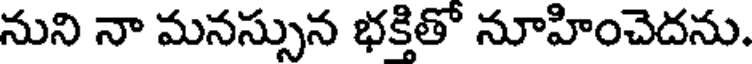
నుని నా మనస్సున భక్తితో నూహించెదను.